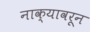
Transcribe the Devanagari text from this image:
नाक्यावरून